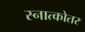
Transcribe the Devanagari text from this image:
स्नात्कोतर